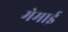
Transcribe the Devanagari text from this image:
मेमाई